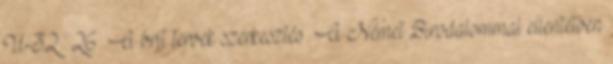
U-32 . 26 A brit tervek szerkesztés A Német Birodalommal ellentétben